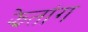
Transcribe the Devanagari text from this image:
झेतांग